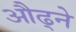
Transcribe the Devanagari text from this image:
औढ्ने